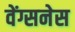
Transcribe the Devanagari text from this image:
वेंग्सनेस